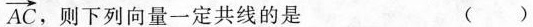
\overrightarrow { A C }$$ ，则下列向量一定共线的是 ()